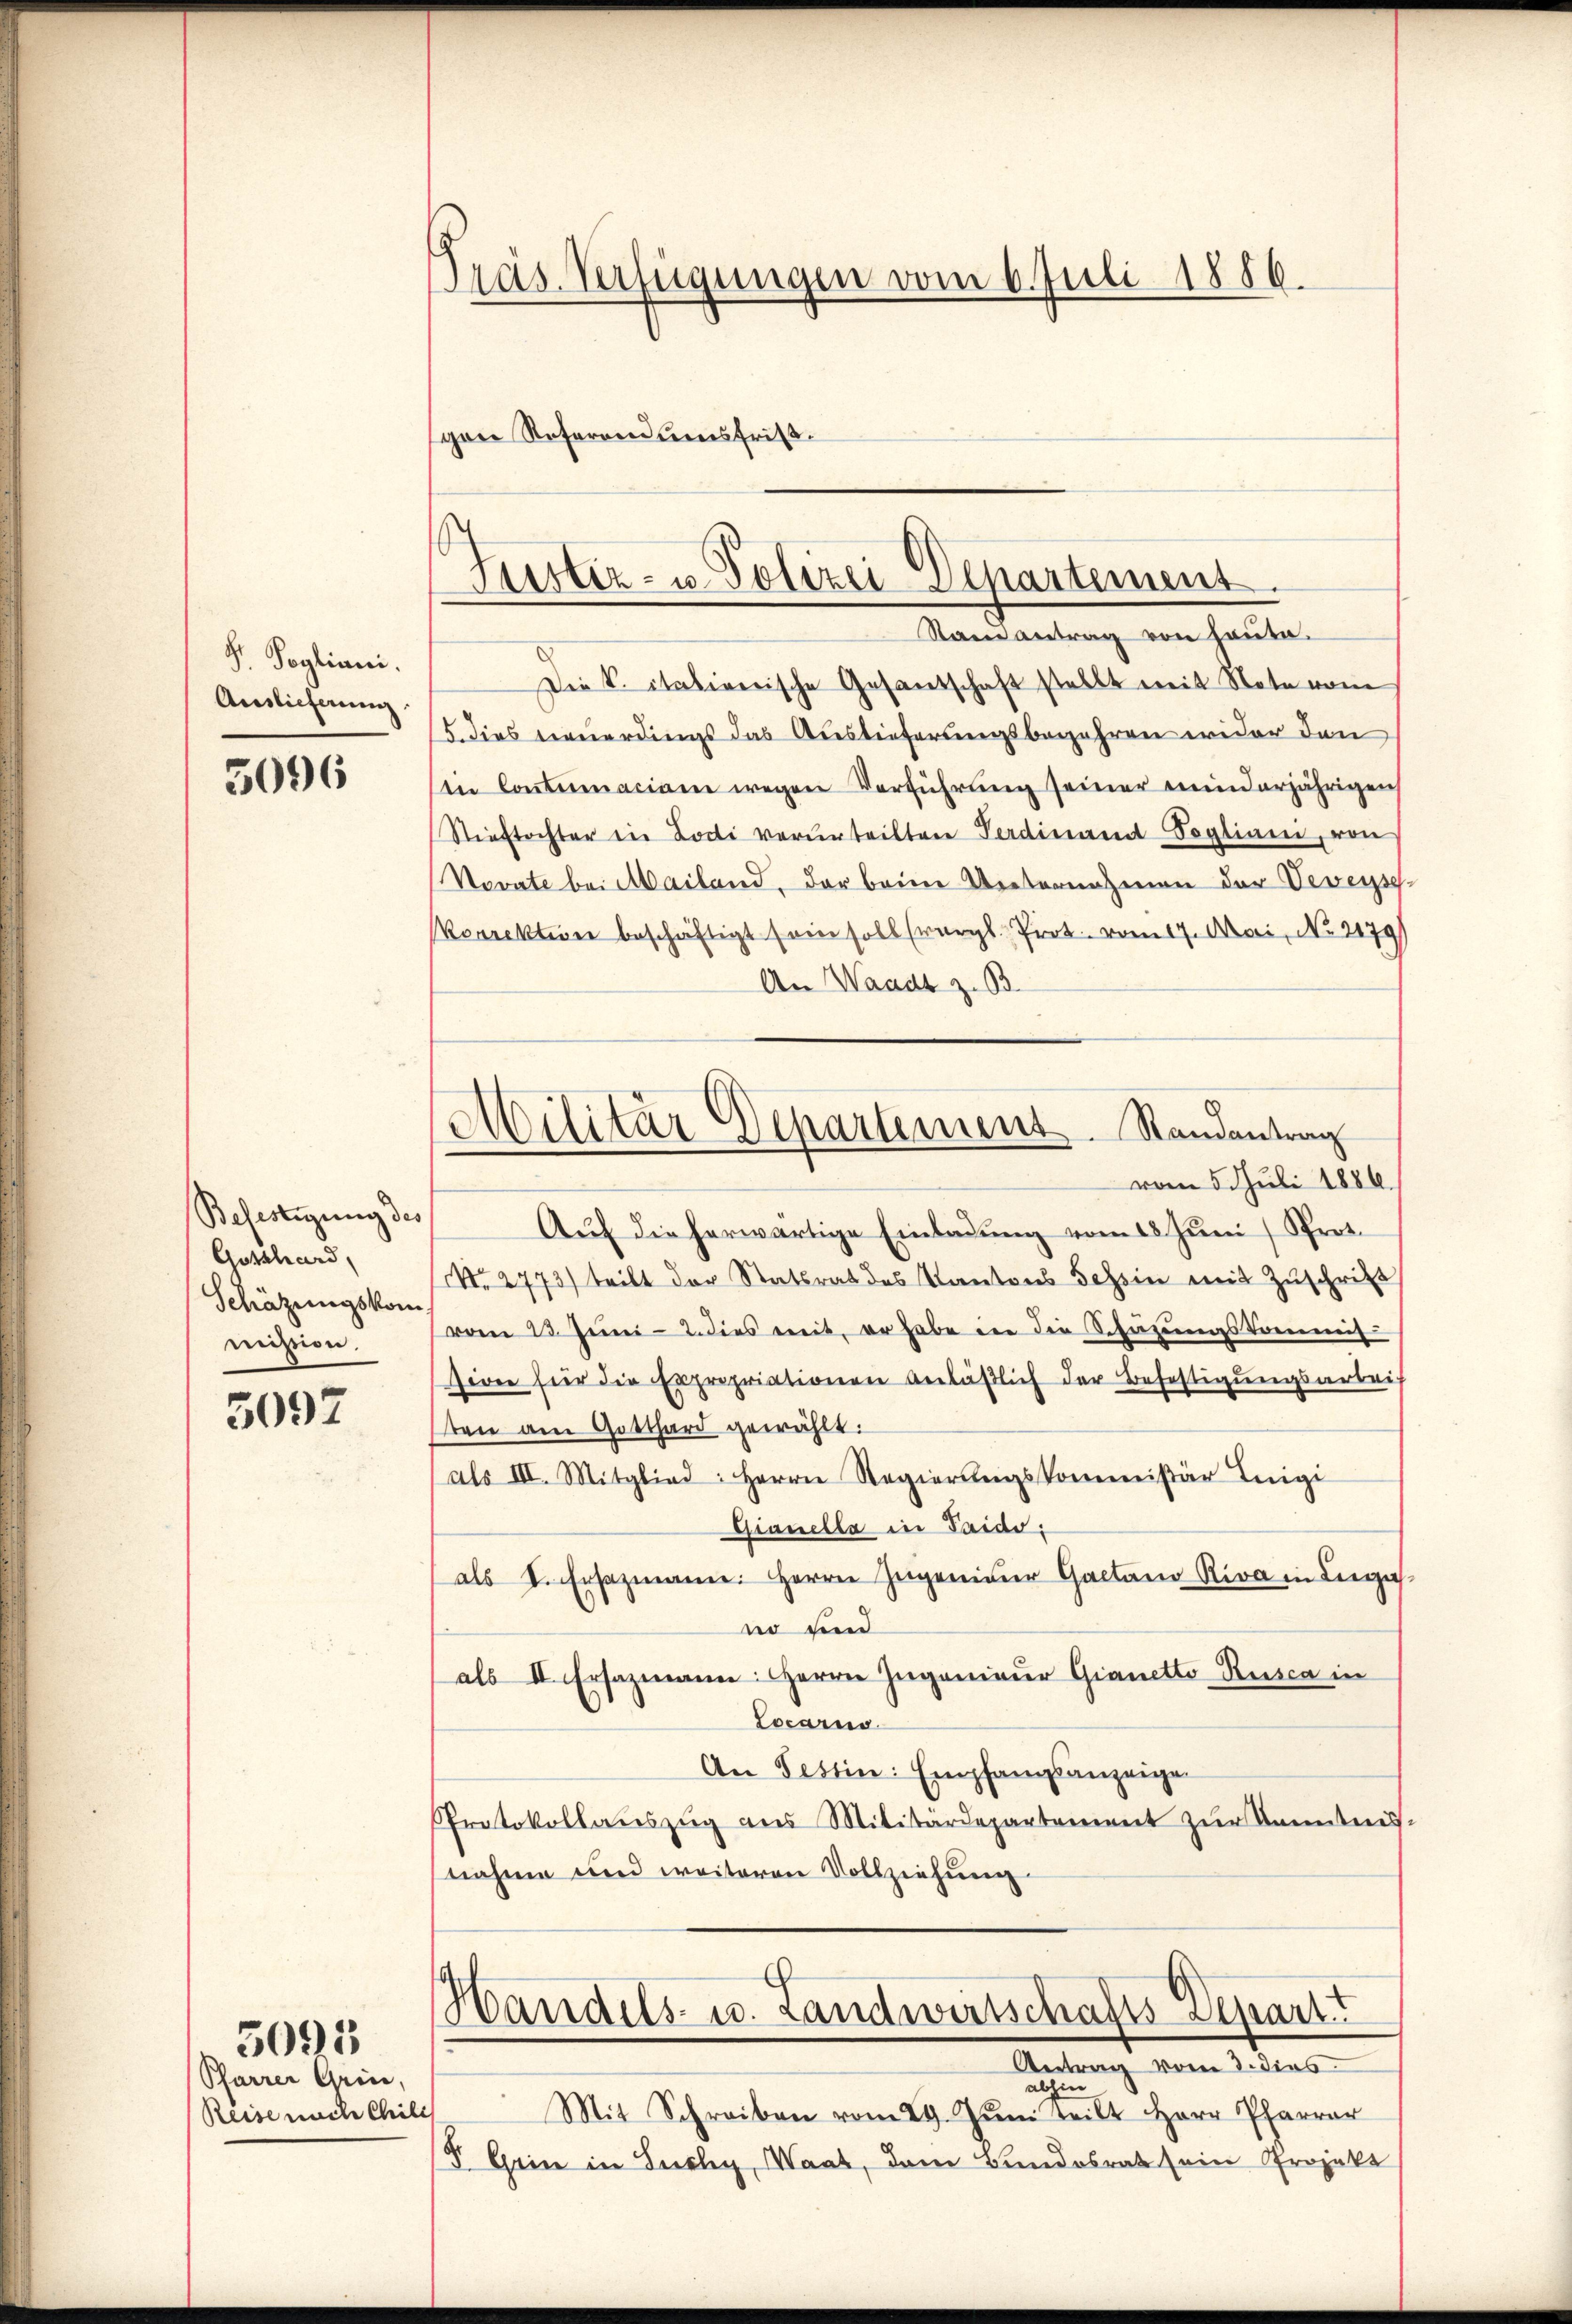
Fr. Sogliani,
Auslieferung

5096

Befestigung des
Gotthard,
Schätzungskom
mission.

5097

Pfarrer Grin,
Reise nach Chils

3091

Präs. Verfügungen vom 6. Juli 1886.

sprie Referen densfrist.

Justiz- u. Polizei Departement.
Stand antrag von Hauta.

Militär Departement. Randantrag
vom 5. Juli 1886.

Die S. italienische Gesandschaft stellt mit Note vom
S. dies vernerdings das Auslieferungsbegehren wider den
in Contumaciam wegen Verführung seiner minderjährigen
Stieftochter in Lodi verurteilten Verdinand Sogliani, von
Novate bei Mailand, der beim Unternahmen der Veveys¬
Korrektion beschäftigt sein soll (vergl. Prot. vom 17. Mai, No 2179
An Waadt z. B.
Aŭf die herwärtige Einladŭng vom 18. Jŭni Prot.
No. 2773) teilt der Statsrat des Kantons Tessin mit Zŭschrift
vom 23. Juni - 2. dies mit, er habe in die Schüzungskommis
sion für die Expropriationen anläßlich der Befestigungsarbei-
sten am Gotthard gewählt:
als III. Mitglied: Herrn Regierŭngskommissär Inigi
Gianella in Saido:
als I. Ersazmann: Herrn Ingenieur Gaetano Riva in Leis
no und
als II. Ersazmann: Herrn Ingenieur Gianetto-Rusca in
Locarno.
An Tessin: Empfangsanzeigen
Protokollauszug aus Militärdepartement zur Kenntnis-
nahme und weiteren Vollziehung

Handels- u. Landwirtschafts-Depart

Antrag vom 3. dies
alzin
Mit Schreiben vom 29. Jŭni teilt Herr Pfarrer
5 Grin in Suchy, Maat, dem Bundesrat sein Projekt